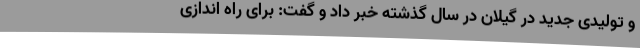
و تولیدی جدید در گیلان در سال گذشته خبر داد و گفت: برای راه اندازی